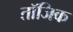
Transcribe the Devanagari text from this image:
तॉजिक